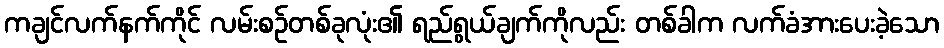
ကချင်လက်နက်ကိုင် လမ်းစဉ်တစ်ခုလုံး၏ ရည်ရွယ်ချက်ကိုလည်း တစ်ခါက လက်ခံအားပေးခဲ့သော